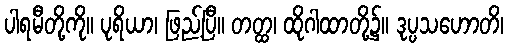
ပါရမီတို့ကို။ ပုရိယာ၊ ဖြည့်ပြီ။ တတ္ထ၊ ထိုဂါထာတို့၌။ ဒုပ္ပသဟောတိ၊